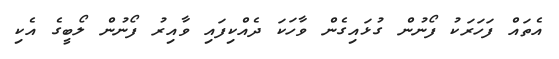
އެތައް ފަހަރަކު ފޯނުން ގުޅައިގެން ވާހަކަ ދެއްކިފައި ވާއިރު ފޯނުން ލޯބީގެ އެކި